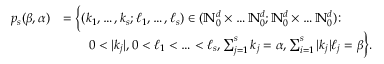
\begin{array} { r l } { p _ { s } ( { \boldsymbol { \beta } } , { \boldsymbol { \alpha } } ) } & { = \Big \{ ( { \boldsymbol { k } } _ { 1 } , \ldots , { \boldsymbol { k } } _ { s } ; { \boldsymbol { \ell } } _ { 1 } , \ldots , { \boldsymbol { \ell } } _ { s } ) \in ( \ensuremath { \mathbb { N } } _ { 0 } ^ { d } \times \ldots \ensuremath { \mathbb { N } } _ { 0 } ^ { d } ; \ensuremath { \mathbb { N } } _ { 0 } ^ { d } \times \ldots \ensuremath { \mathbb { N } } _ { 0 } ^ { d } ) \colon } \\ & { \qquad 0 < | { \boldsymbol { k } } _ { j } | , 0 < { \boldsymbol { \ell } } _ { 1 } < \ldots < { \boldsymbol { \ell } } _ { s } , \sum _ { j = 1 } ^ { s } { \boldsymbol { k } } _ { j } = { \boldsymbol { \alpha } } , \sum _ { i = 1 } ^ { s } | { \boldsymbol { k } } _ { j } | { \boldsymbol { \ell } } _ { j } = { \boldsymbol { \beta } } \Big \} . } \end{array}